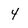
Character: 4